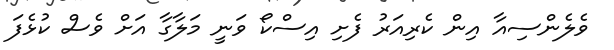
ވެލެންސިއާ އިން ކެރިއަރު ފެށި އިސްކޯ ވަނީ މަލާގާ އަށް ވެސް ކުޅެފަ